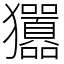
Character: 㺧